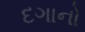
દગાનો